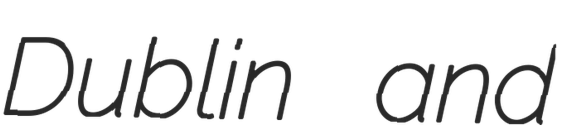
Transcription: Dublin and